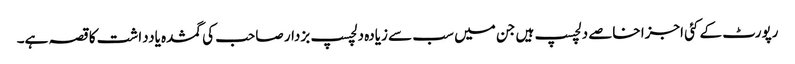
رپورٹ کے کئی اجزا خاصے دلچسپ ہیں جن میں سب سے زیادہ دلچسپ بزدار صاحب کی گمشدہ یادداشت کا قصہ ہے۔